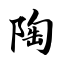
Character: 陶